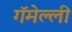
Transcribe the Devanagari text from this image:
गॅमेल्ली